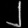
Digit: ၂